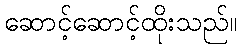
ဆောင့်ဆောင့်ထိုးသည်။